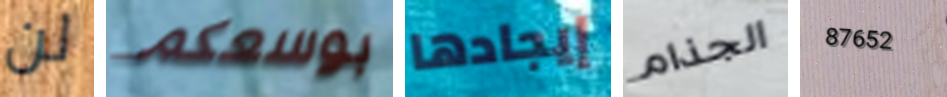
لن بوسعكم إيجادها الجذام 87652